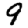
Digit: 9